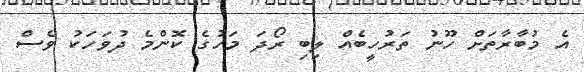
އެ މުބާރާތަށް ހޫނު ތަރުހީބެއް ލިބި ރޯދަ މަހުގެ ކޮންމެ ދުވަހަކު ވެސް